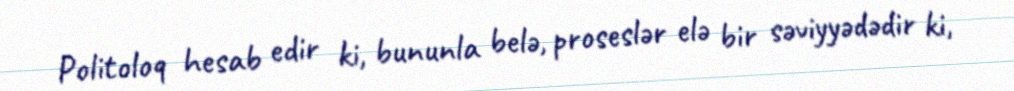
Politoloq hesab edir ki, bununla belə, proseslər elə bir səviyyədədir ki,